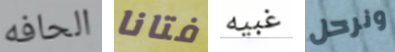
الحافه فتانا غبيه ونرحل